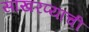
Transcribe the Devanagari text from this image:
साखरप्याची